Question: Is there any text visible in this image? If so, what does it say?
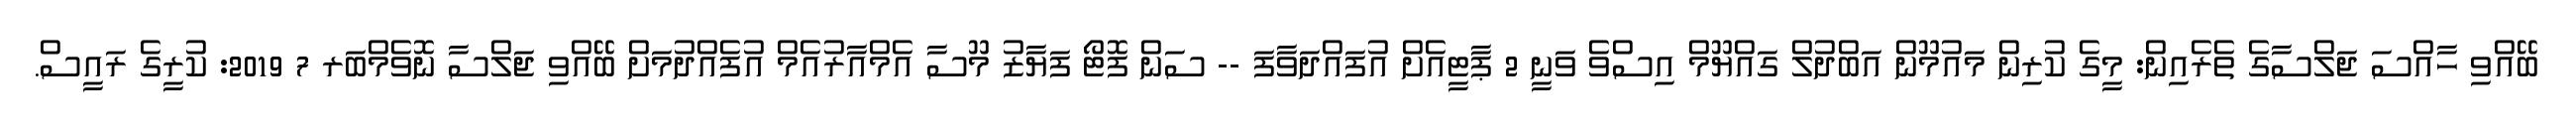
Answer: ބޭއްވި ހާއްސަ ޖަލްސާގެ ތެރެއިން: މީގެ ކުރިން މައުމޫން އަބްދުލް ގައްޔޫމް އިސްވެ ވަނީ 2 ޕާޓީއެށް އުފައްދަވާފަ -- ސަން ފޮޓޯ ފަޔާޒު މޫސާ އެމްއާރުއެމް އުފެއްދުމަށް ބޭއްވި ޖަލްސާ ނޮވެމްބަރ 7 2019: ކުރީގެ ރައީސް.